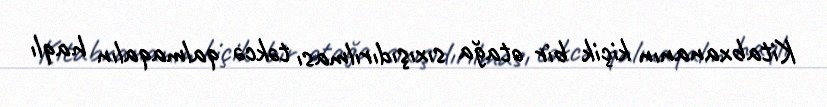
Kitabxananın kiçik bir otağa sıxışıdırılması təkcə qalmaqalın haqlı